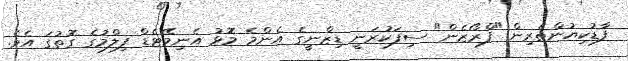
ފާޑުކިޔުންތެރިން "ފްރޯޒެން" ސިފަކުރަނީ ޑިޒްނީގެ އެންމެ މޮޅު އެނިމޭޓެޑް ފިލްމުގެ ގޮތުގަ އެވެ.